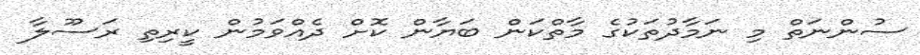
ސުންނަތް މި ނަމާދުތަކުގެ މާތްކަން ބަޔާން ކޮށް ދެއްވަމުން ކީރިތި ރަސޫލާ